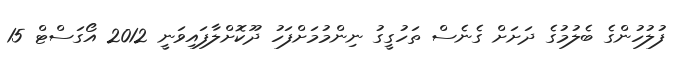
ފުލުހުންގެ ބެލުމުގެ ދަށަށް ގެނެސް ތަހުގީގު ނިންމުމަށްފަހު ދޫކޮށްލާފައިވަނީ 2012 އޯގަސްޓް 15